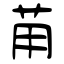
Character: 苚